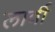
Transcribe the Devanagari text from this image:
लार्वी